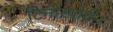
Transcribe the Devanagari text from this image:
टिनोस्पोरीन